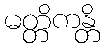
မတ္တိကန္တိ